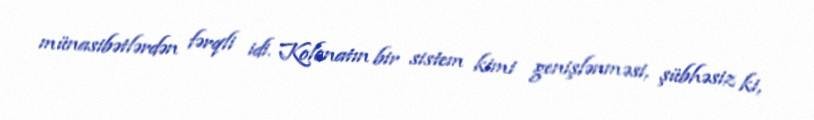
münasibətlərdən fərqli idi. Kolonatın bir sistem kimi genişlənməsi, şübhəsiz ki,